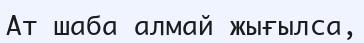
Ат шаба алмай жығылса,